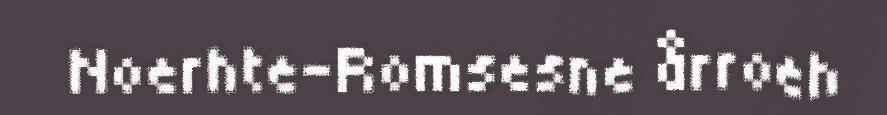
Noerhte-Romsesne årroeh